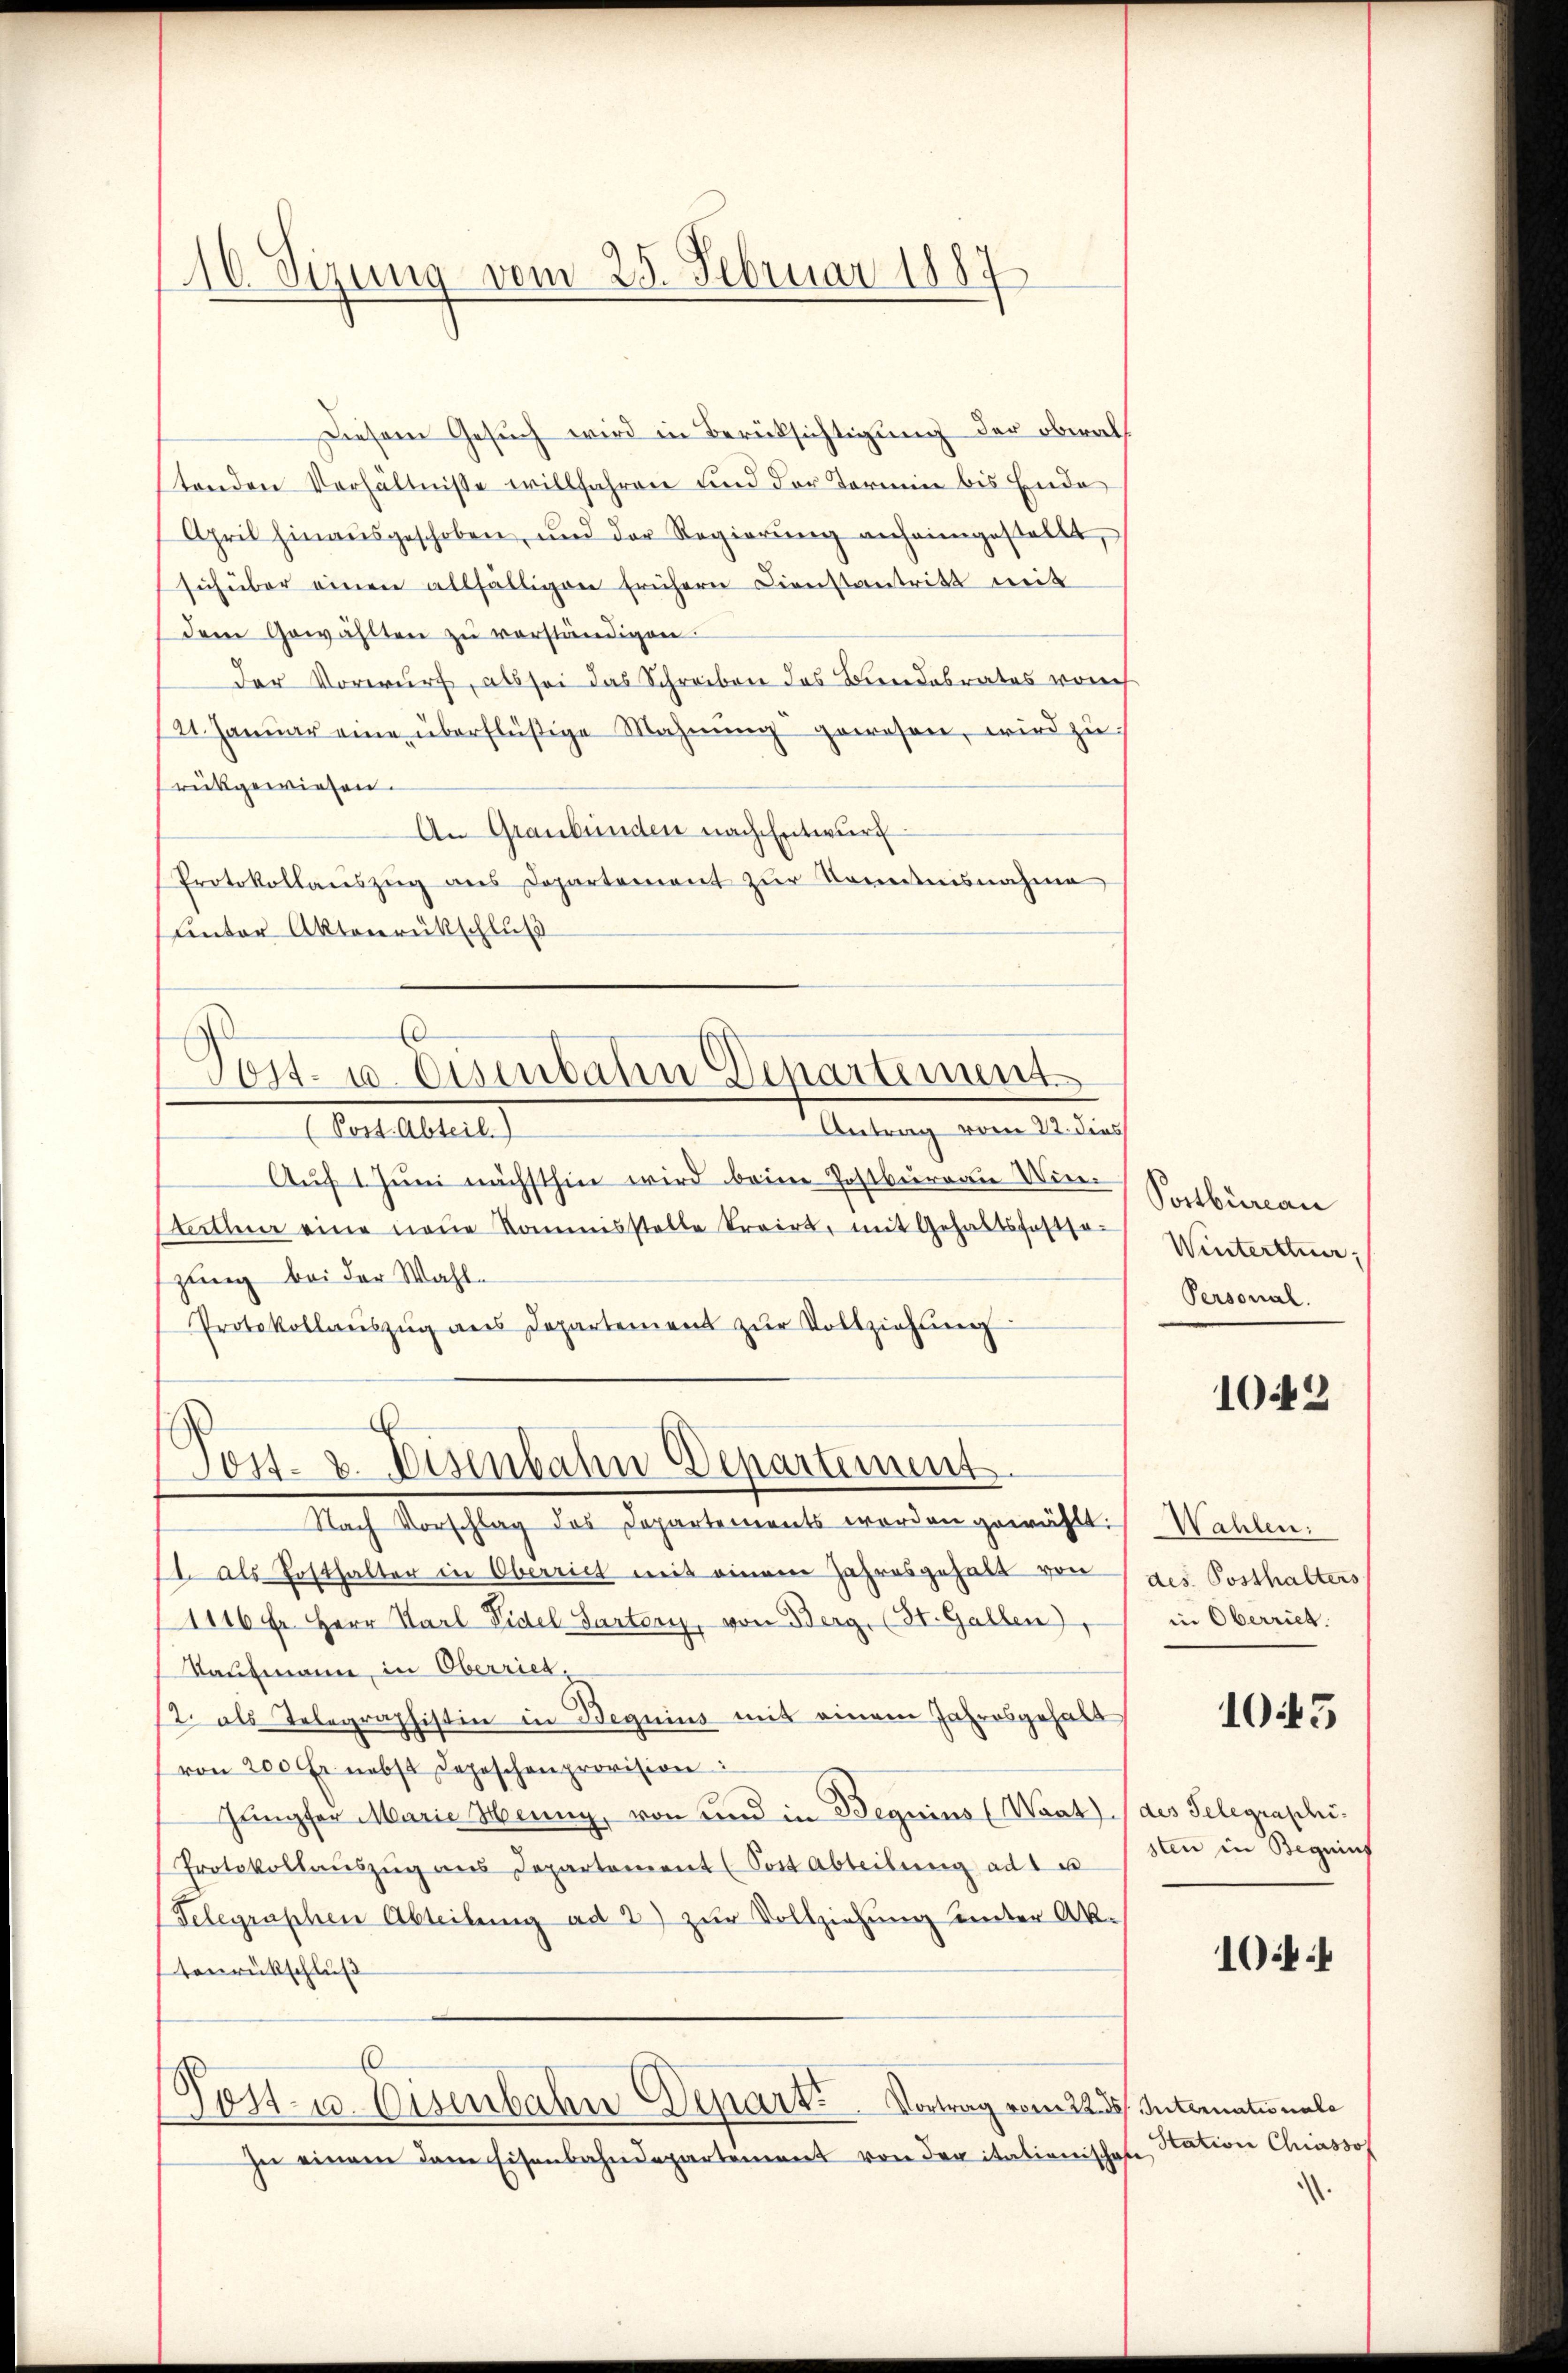
16. Seizung vom 25. Februar 1887

Diesem Gesuch wird in Berücksichtigung der oberals
stenden Verhältnisse willfahren und der Termin bis Ende
April hinaŭsgeschoben, und der Regierŭng anheimgestellt,
sihüber einen allfälligen frühern Dienstantritt mit
dem Gewählten zŭ verständigen.
Der Vorwurf, als sei das Schreiben das Beendesrates vorh
21. Janŭar eine überflüßige Mahnŭng gewesen, wird zŭ
rückgewiesen.
An Graubünden nach Entwurf
Protokollaŭszŭg ans Departement zŭr Kenntnisnahme
uinter Aktenrückschluß

Post- u. Cumbalen Departement

.
Post- & Eisenbahn Departement

Antrag vom 22. dies
Katastel
Auf 1. Juni nächsthin wird beim Postbureau Wieteilen eine neue Kommisstelle trairt, mit Gehaltsfestso-
zung bei der Wahl¬
Protokollaŭszŭg ans Departement zŭr Vollziehung
Nach Vorschlag des Departements werden gewählt:
I. als Posthalter in Oberriet mit einem Jahresgehalt von
1116 Fr. Herr Karl Fidel Parter, von Berg. (St. Gallen),
Kaufmann, in Oberriet,
2. als Telegraphistin in Beguius mit einem Jahresgehalt
(von 200 Fr. nebst Depeschenprovision:
Jungfer Marie Henny, von und in Beguins (Waat)
Protokollaŭszŭg ans Departement (Post Abteilŭng ad 1 u
(Telegraphen Abteilung ad 2) zur Vollziehung unter Ak-
tenrückschluß
6
Post- u. Eisenbahn Depart. Vortrag vom 22. ds
In einem dem Eisenbahndepartement von der itationisches

Postbureau
Winterttner,
Personal.

10442

Wahlen:
des Posthalters
in Oberriet.
des Telegraphi-
sten in Begeinf

1015

10

Internationale
Station Chiassof